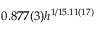
0 . 8 7 7 ( 3 ) h ^ { 1 / 1 5 . 1 1 ( 1 7 ) }